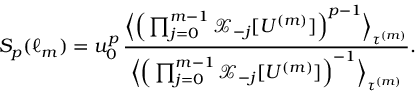
S _ { p } ( \ell _ { m } ) = u _ { 0 } ^ { p } \, \frac { \Big \langle \Big ( \prod _ { j = 0 } ^ { m - 1 } \mathcal { X } _ { - j } [ U ^ { ( m ) } ] \Big ) ^ { p - 1 } \Big \rangle _ { \tau ^ { ( m ) } } } { \Big \langle \Big ( \prod _ { j = 0 } ^ { m - 1 } \mathcal { X } _ { - j } [ U ^ { ( m ) } ] \Big ) ^ { - 1 } \Big \rangle _ { \tau ^ { ( m ) } } } .